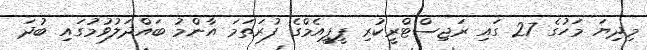
މިދިޔަ މަހުގެ 27 ގައި ރަޖިސްޓްރީކުރި ޕީޕީއެމްގެ ފުރަތަމަ އާންމު ބައްދަލުވުމުގައި ބުދަ